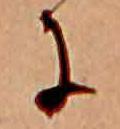
に